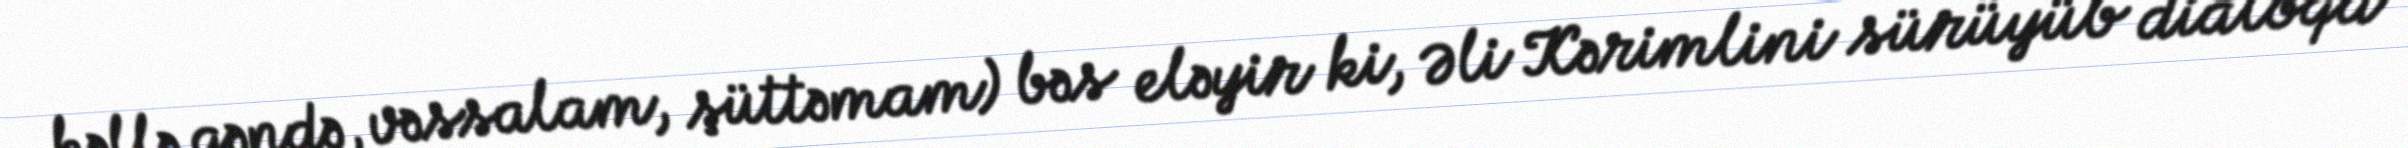
kəllə qəndə, vəssalam, şüttəmam) bəs eləyir ki, Əli Kərimlini sürüyüb dialoqa